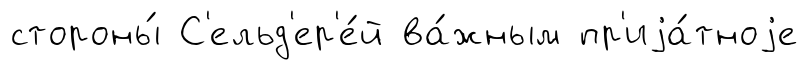
стороны́ С'ельд'ер'е́й ва́жным пр'иjа́тноjе